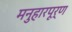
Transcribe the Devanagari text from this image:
मनुहारपूर्ण